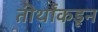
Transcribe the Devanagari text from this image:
तीर्थांकडून